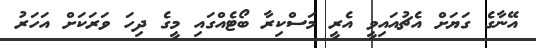
އޭނާގެ ގަޔަށް އެޗުއައިވީ އެރީ މަސްކިރާ ބޯޓެއްގައި މީގެ ދިހަ ވަރަކަށް އަހަރު